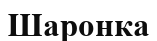
Шаронка